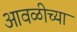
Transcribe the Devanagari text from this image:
आवळीच्या